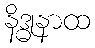
နိဒ္ဓုနာထ